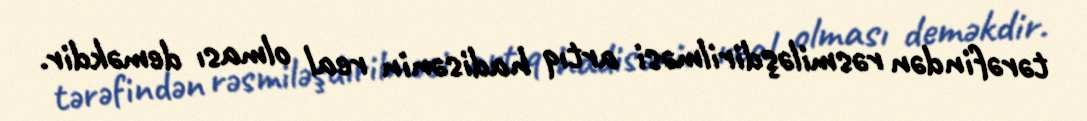
tərəfindən rəsmiləşdirilməsi artıq hadisənin real olması deməkdir.